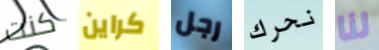
كنت كراين رجل نحرك لنا